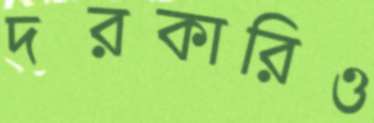
দরকারিও